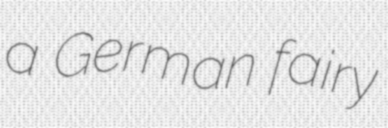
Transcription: a German fairy